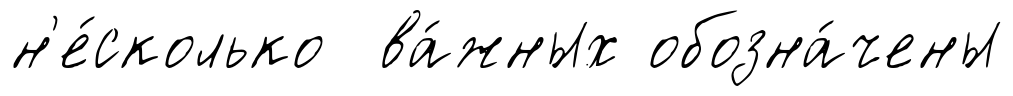
н'е́сколько ва́жных обозна́чены